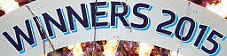
WINNERS 2015